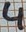
Text: 4